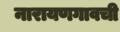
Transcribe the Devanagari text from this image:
नारायणगावची